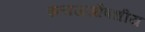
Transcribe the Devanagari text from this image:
इलाजऔषधीय